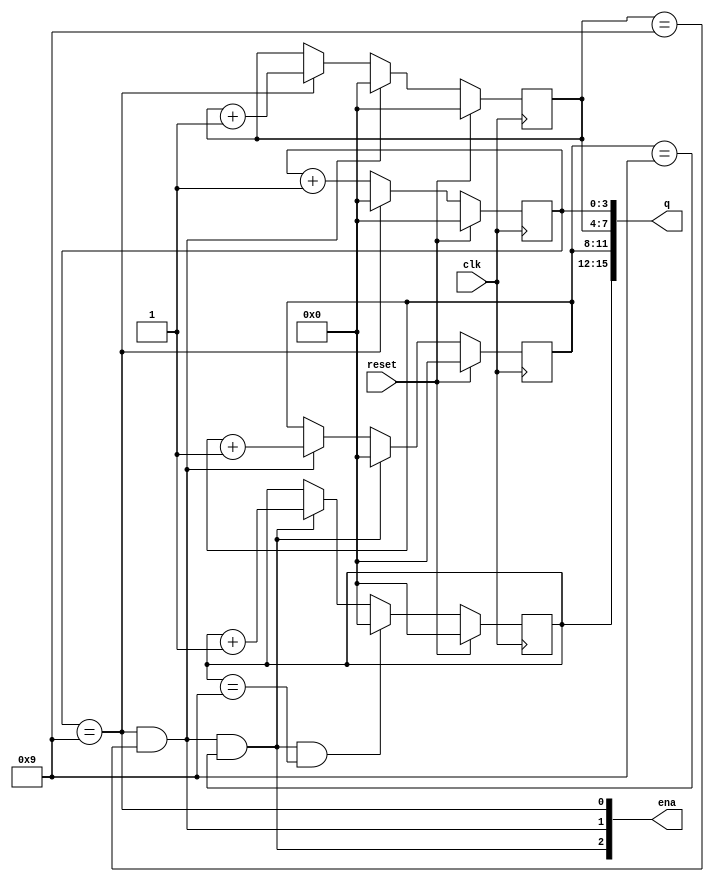
module top_module (
    input clk,
    input reset,         // Synchronous active-high reset
    output [3:1] ena,
    output reg [15:0] q
);
    // Intermediate enable signals for each BCD digit
    wire ena1, ena2, ena3;
    
    assign ena[1] = ena1;
    assign ena[2] = ena2;
    assign ena[3] = ena3;

    // Ones digit (q[3:0])
    always @(posedge clk) begin
        if (reset)
            q[3:0] <= 4'b0000;
        else if (q[3:0] == 4'd9)
            q[3:0] <= 4'b0000;
        else
            q[3:0] <= q[3:0] + 4'b0001;
    end

    // Tens digit (q[7:4])
    always @(posedge clk) begin
        if (reset)
            q[7:4] <= 4'b0000;
        else if (ena1 && q[7:4] == 4'd9)
            q[7:4] <= 4'b0000;
        else if (ena1)
            q[7:4] <= q[7:4] + 4'b0001;
    end

    // Hundreds digit (q[11:8])
    always @(posedge clk) begin
        if (reset)
            q[11:8] <= 4'b0000;
        else if (ena2 && q[11:8] == 4'd9)
            q[11:8] <= 4'b0000;
        else if (ena2)
            q[11:8] <= q[11:8] + 4'b0001;
    end

    // Thousands digit (q[15:12])
    always @(posedge clk) begin
        if (reset)
            q[15:12] <= 4'b0000;
        else if (ena3 && q[15:12] == 4'd9)
            q[15:12] <= 4'b0000;
        else if (ena3)
            q[15:12] <= q[15:12] + 4'b0001;
    end

    // Enable signals logic
    assign ena1 = (q[3:0] == 4'd9);
    assign ena2 = ena1 && (q[7:4] == 4'd9);
    assign ena3 = ena2 && (q[11:8] == 4'd9);

endmodule